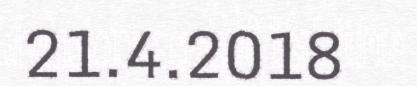
21.4.2018